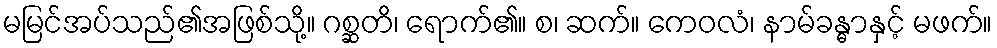
မမြင်အပ်သည်၏အဖြစ်သို့။ ဂစ္ဆတိ၊ ရောက်၏။ စ၊ ဆက်။ ကေဝလံ၊ နာမ်ခန္ဓာနှင့် မဖက်။